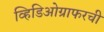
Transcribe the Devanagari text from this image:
व्हिडिओग्राफरची